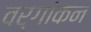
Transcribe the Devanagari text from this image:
वर्गांकन